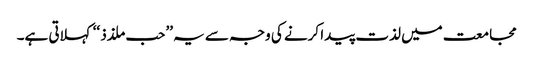
مجامعت میں لذت پیدا کرنے کی وجہ سے یہ ’’حب ملذذ ‘‘کہلاتی ہے۔